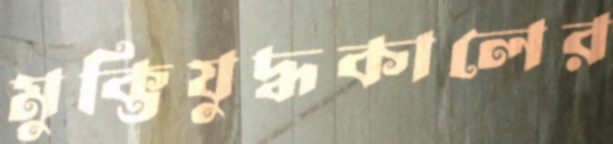
মুক্তিযুদ্ধকালের